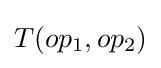
T(op_{1},op_{2})